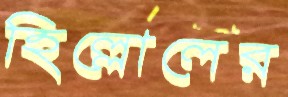
হিল্লোলের